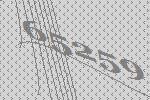
65259